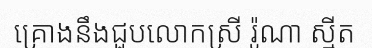
គ្រោងនឹងជួបលោកស្រី រ៉ូណា ស្មីត